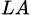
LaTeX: _{LA}